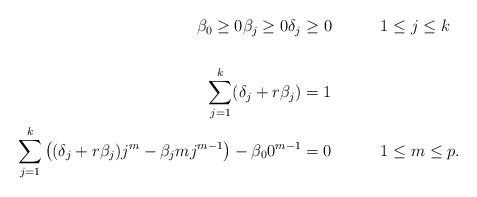
LaTeX: \begin{align*} \\ \beta_0 \geq 0 \beta_j \ge 0\delta_j &\ge 0 & & 1\le j \le k\\ \\ \sum_{j=1}^{k} (\delta_j + r\beta_j) & = 1 && \\ \sum_{j=1}^{k}\left( (\delta_j + r\beta_j)j^m - \beta_j m j^{m-1} \right) - \beta_0 0^{m-1}& = 0 & & 1\le m\le p.\end{align*}